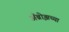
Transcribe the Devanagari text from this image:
अँब्रोझच्या